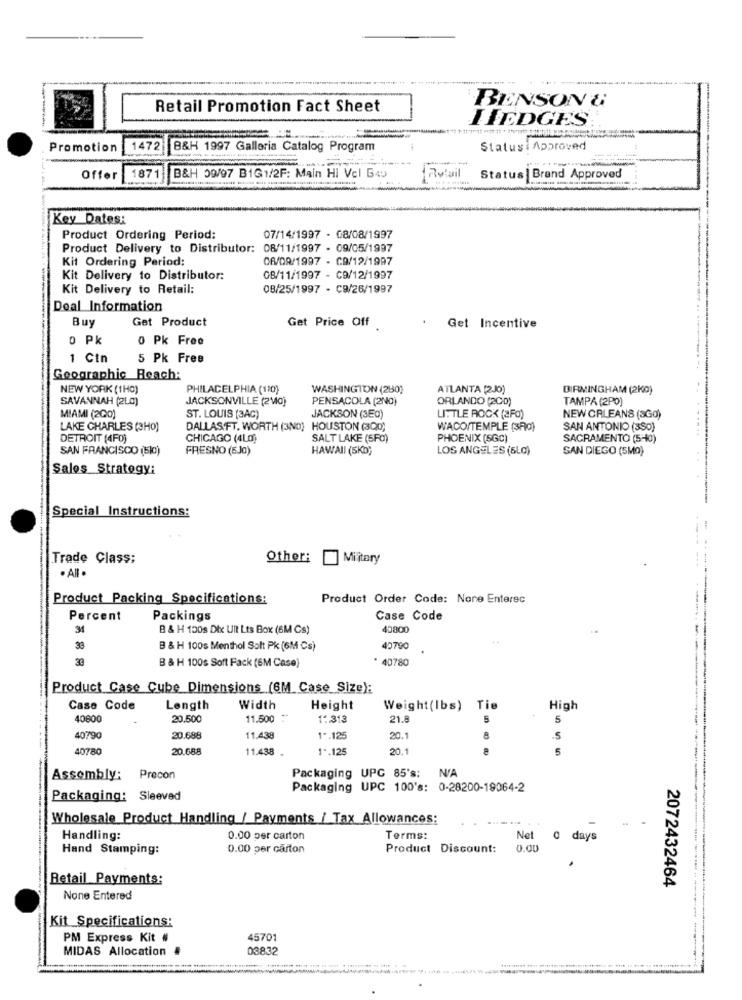
Retail Promotion Fact Sheet
BENSON &
ITEDGES
Promotion
1472
B&H 1997 Galleria Catalog Program
Statusi Approved
-
Offer
1871
B&H 09/97 B1G1/2F: Main Hi Vcl B4
Retail
Status | Brand Approved
Key Dates:
Product Ordering Period:
07/14/1997 - 08/08/1997
Product Delivery to Distributor: 08/11/1997 - 09/05/1997
Kit Ordering Period:
06/09/1997 - C9/12/1997
Kit Delivery to Distributor:
08/11/1997 - C9/12/1997
Kit Delivery to Retail:
08/25/1997 - C9/26/1997
Deal Information
Buy
Get Product
Get Price Off
Get Incentive
o Pk
0 Pk Free
1 Ctn
5 Pk Free
Geographic Reach:
NEW YORK (1H0)
PHILADELPHIA (110)
WASHINGTON (280)
ATLANTA (2J0)
BIRMINGHAM (2K0)
SAVANNAH (2L0)
JACKSONVILLE (2M0)
PENSACOLA (2ND)
ORLANDO (2CD)
TAMPA (2PO)
MIAMI (200)
ST. LOUIS (3AG)
JACKSON (3E0)
LITTLE ROCK (2Fo)
NEW ORLEANS (SGO)
LAKE CHARLES (3HO)
DALLAS.FT. WORTH (3NO) HOUSTON (3Q0)
WACO/TEMPLE (3R0)
SAN ANTONIO (390)
....
DETROIT (4F0)
CHICAGO (4LO)
SALT LAKE (5FO)
PHOENIX (SGC)
SACRAMENTO (5-40)
SAN FRANCISCO (510)
FRESNO (EJ0)
HAWAII (SKD)
LOS ANGELES (6Lg)
SAN DIEGO (5MQ)
Sales Strategy:
Special Instructions:
Trade Class;
Other:
Military
. All .
Product Packing Specifications:
Product Order Code: None Enterec
Percent
Packings
Case Code
34
B & H 150s Dix Uit Lts Box (6M Cs)
43800
33
B & H 100s Menthol Solt Pk (6M Cs)
42790
* 40780
B & H 100s Soft Fack (6M Case)
Product Case Cube Dimensions (6M Case Size):
Case Code
Length
Width
Height
Weight(Ibs) Tie
High
40800
20.500
11.500
14.313
21.8
5
5
40790
20.688
11.438
1 *. 125
20.1
8
.5
40780
20.688
11.438
1 *. 125
20.1
5
Packaging UPG 85's: N/A
Assembly:
Precon
Packaging UPC 100's: 0-28200-19064-2
Packaging: Sleeved
Wholesale Product Handling / Payments / Tax Allowances:
Handling:
0.00 per carton
Terms:
Net
days
Hand Stamping:
0.00 per carton
Product Discount:
0.00
Retail Payments:
2072432464
None Entered
Kit Specifications:
PM Express Kit #
45701
MIDAS Allocation
03832